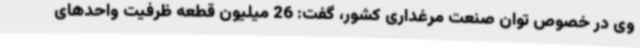
وی در خصوص توان صنعت مرغداری کشور، گفت: 26 میلیون قطعه ظرفیت واحدهای